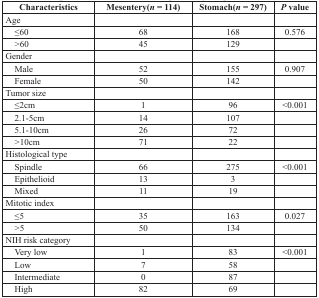
<table><thead><tr><td><b>Characteristics</b></td><td><b>Mesentery(<i>n</i>= 114)</b></td><td><b>Stomach(<i>n</i>= 297)</b></td><td><b><i>P</i> value</b></td></tr></thead><tbody><tr><td>Age</td><td></td><td></td><td></td></tr><tr><td>≤60</td><td>68</td><td>168</td><td>0.576</td></tr><tr><td>&gt;60</td><td>45</td><td>129</td><td></td></tr><tr><td>Gender</td><td></td><td></td><td></td></tr><tr><td>Male</td><td>52</td><td>155</td><td>0.907</td></tr><tr><td>Female</td><td>50</td><td>142</td><td></td></tr><tr><td>Tumor size</td><td></td><td></td><td></td></tr><tr><td>≤2cm</td><td>1</td><td>96</td><td>&lt;0.001</td></tr><tr><td>2.1-5cm</td><td>14</td><td>107</td><td></td></tr><tr><td>5.1-10cm</td><td>26</td><td>72</td><td></td></tr><tr><td>&gt;10cm</td><td>71</td><td>22</td><td></td></tr><tr><td>Histological type</td><td></td><td></td><td></td></tr><tr><td>Spindle</td><td>66</td><td>275</td><td>&lt;0.001</td></tr><tr><td>Epithelioid</td><td>13</td><td>3</td><td></td></tr><tr><td>Mixed</td><td>11</td><td>19</td><td></td></tr><tr><td>Mitotic index</td><td></td><td></td><td></td></tr><tr><td>≤5</td><td>35</td><td>163</td><td>0.027</td></tr><tr><td>&gt;5</td><td>50</td><td>134</td><td></td></tr><tr><td>NIH risk category</td><td></td><td></td><td></td></tr><tr><td>Very low</td><td>1</td><td>83</td><td>&lt;0.001</td></tr><tr><td>Low</td><td>7</td><td>58</td><td></td></tr><tr><td>Intermediate</td><td>0</td><td>87</td><td></td></tr><tr><td>High</td><td>82</td><td>69</td><td></td></tr></tbody></table>